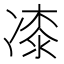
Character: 𭂜